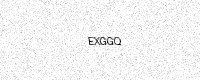
Text: EXGGQ